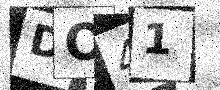
Text: DO41